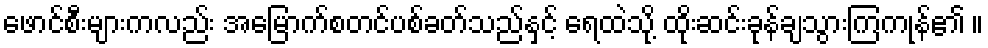
ဖောင်စီးများကလည်း အမြောက်စတင်ပစ်ခတ်သည်နှင့် ရေထဲသို့ ထိုးဆင်းခုန်ချသွားကြကုန်၏ ။